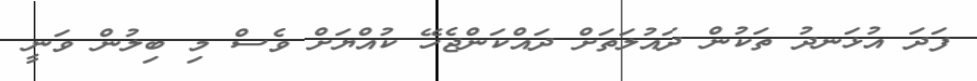
ފަދަ އުޅަނދު ތަކުން ދައުލަތަށް ދައްކަންޖެހޭ ކުއްޔަށް ވެސް މި ބިލުން ވަނީ